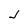
Character: J